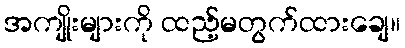
အကျိုးများကို ထည့်မတွက်ထားချေ။